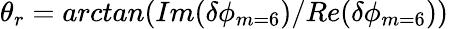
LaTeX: \theta_{r}=arctan(Im(\delta\phi_{m=6})/Re(\delta\phi_{m=6}))